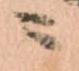
ニ